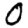
Digit: 0